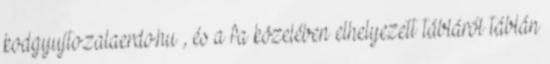
kodgyujto.zalaerdo.hu , és a fa közelében elhelyezett tábláról táblán